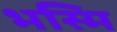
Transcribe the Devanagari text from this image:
भस्मि